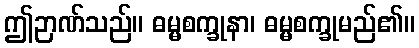
ဤဉာဏ်သည်။ ဓမ္မစက္ခုနာ၊ ဓမ္မစက္ခုမည်၏။